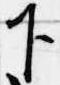
下